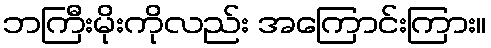
ဘကြီးမိုးကိုလည်း အကြောင်းကြား။